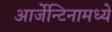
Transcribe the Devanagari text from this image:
आर्जेन्टिनामध्ये